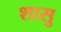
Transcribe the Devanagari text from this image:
शासु